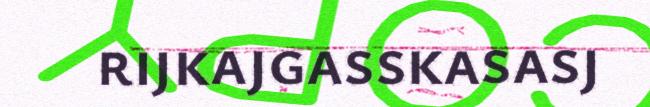
rijkajgasskasasj